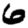
Digit: 6